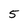
Character: 5